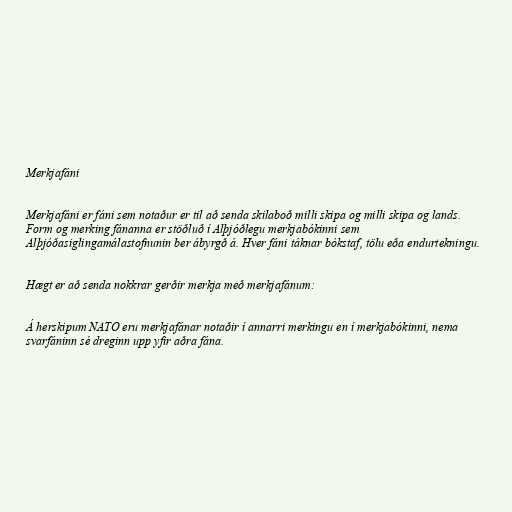
Merkjafáni

Merkjafáni er fáni sem notaður er til að senda skilaboð milli skipa og milli skipa og lands.
Form og merking fánanna er stöðluð í Alþjóðlegu merkjabókinni sem
Alþjóðasiglingamálastofnunin ber ábyrgð á. Hver fáni táknar bókstaf, tölu eða endurtekningu.

Hægt er að senda nokkrar gerðir merkja með merkjafánum:

Á herskipum NATO eru merkjafánar notaðir í annarri merkingu en í merkjabókinni, nema
svarfáninn sé dreginn upp yfir aðra fána.